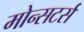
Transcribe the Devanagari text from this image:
मोन्सटर्स